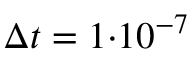
\Delta t = 1 { \cdot } 1 0 ^ { - 7 }